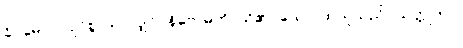
ခိပ္ပမေဝ၊ လျင်စွာသာလျှင်။ နိဗောဓတိ၊ သိ၏။ သော၊ ထိုသူသည်။ သတ္တုကာ၊